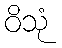
ဝိသုံ